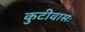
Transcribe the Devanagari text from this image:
कुटीवासः